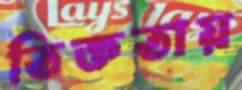
তিক্ততায়